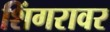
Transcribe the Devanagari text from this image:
शिंगरावर